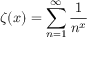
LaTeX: \quad \zeta ( x ) = \sum _ { n = 1 } ^ { \infty } { \frac { 1 } { n ^ { x } } }